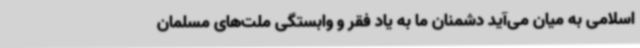
اسلامی به میان می‌آید دشمنان ما به یاد فقر و وابستگی ملت‌های مسلمان